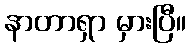
နာတာရှာ မှားပြီ။